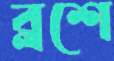
ব্লশে